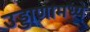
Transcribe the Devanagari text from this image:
उड्डाणामध्ये